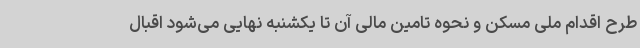
طرح اقدام ملی مسکن و نحوه تامین مالی آن تا یکشنبه نهایی می‌شود اقبال